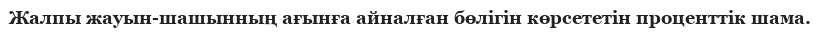
Жалпы жауын-шашынның ағынға айналған бөлігін көрсететін проценттік шама.